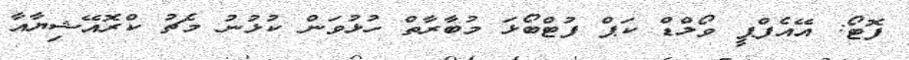
ފޮޓޯ: އޭއެފްޕީ ވޯލްޑް ކަޕް ފުޓްބޯޅަ މުބާރާތް ހުޅުވަން ކުޅުނު މެޗު ކްރޮއޭޝިޔާއާ